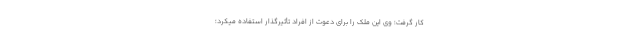
کار گرفت؛ وی این ملک را برای دعوت از افراد تأثیرگذار استفاده میکرد؛